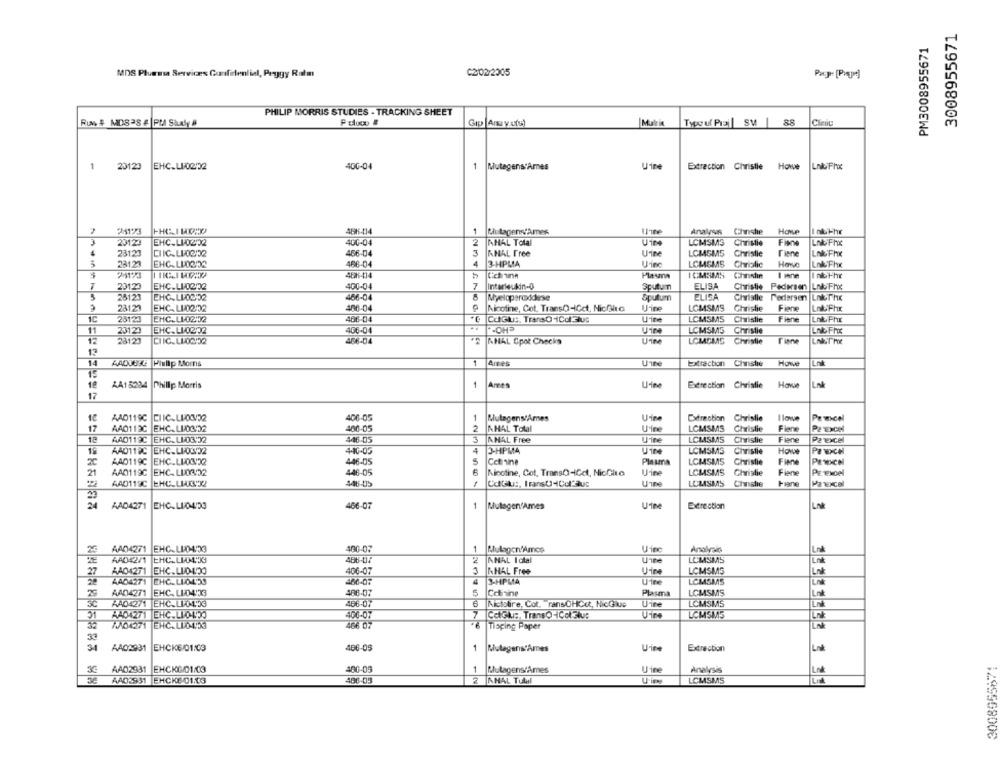
3008955671
PM3008955671
MDS Plumasa Serviræs Confidential, Peggy Ratm
C2/02/2005
PHILIP MORRIS STUDIES - TRACKING SHEET
Mulrix
1
20123
EHC.LI0202
400-04
1
Mutagens'Ames
Jine
Extraction Christie Howe
24123
1
RiutagensfAmes
Analysis Christie
Hove
2012.
EHC.LI-0292
400-04
2
AMAL Total
U104
LCMSM3
Christie
Finn
3
ANAL Free
Uine
LCMSMS
Tiene
Lnk Fhx
28123
466-04
Christie
5
23123
EHC-LI02:02
466-04
4
3-HPMA
Urine
LCMEMS
Chriolic
Herve
Lok Fhx
48K-414
Cich inn
Plasma
ICMSMS
Christin
20123
EHC.LI-02/32
400-04
7
Interleukin-0
Sputumn
ELISA
Christie Pedersen Ln& Froc
25121
EHC.LI02:52
466-04
Myeloperoddese
Sputum
ELISA
Christie Pedersen
LnkThx
23127
EHC- LI02:02
486-04
Nicotine, Cot. TransO-ICct, NicGlia
Uine
LCMSMS
Chrislie
Fiene
Lnb Fhx
1C
28123
EHC.LI-02:02
466-04
CutGlut. TransO 1Col3luc
U'ine
LCMSMS
Christie
Fiene
Lnb Fhr
11
23123
EHC. LI0202
406-04
Uine
LCMSM5
Christie
Lnb Fhix
12
28123
456-04
ANAL Spot Checka
Uine
LCMOMS
Christie
Tiane
13
14
AADJOY Pilip Moms
1
Ames
Extraction
Chnstie
Howve
Lnk
15
18
AA15234 Phillip Morris
1
Ames
Extrection Christie
Have
Lok
17
AAD119C CHIC.LIOG22
406-05
1
MulagensAmes
Uine
Extraction Christie
I love
Pewcol
2
Uire
PETEXCe
17
AAD113C
EHC. LI-03:02
400-05
A HAL Total
LCMSMS
Christie
Flere
18
AAD119C EHC.LI-03,32
446-05
3
AMAL Free
Uine
LCMSMS
Christie
Fiene
Pz'excel
19
EHC.LIOS22
440-05
4
3-HPMA
LCMSMS
Christie
Paocel
AAD119C
2℃
AAD119C
EHC.LI03/32
446-05
Cet tine
Plasma
LCMSMS
Christie
Finne
21
AAD119C
EHC. LU08:02
446-05
Nicotine, Cot, TransO-IGet, NicChic
Uine
LCMSMS
Christie
Fiene
PERENOel
AAD119C EHC.LLAXL
446-U5
LCMSMS
Chansle
Fine
Pawxcel
24
AAD4271 EHC.LIG4:53
486-07
1
Mutagen'Ames
Excrection
AA04271 EHC.LID433
400-07
1
Uine
Analysis
Lnd
AAD42/1 EHC.LIM4.53
486-07
2
ANAL Iotal
LEMSMS
27
AA04271
EHC.LIDIDO
KHAL Free
U-ine
LCMSMS
AAD4271
3-HPMA
U'ine
LCMSMS
29
AAD4271 EHC. LID4:33
486-07
5
Cotinine
Plasma
LCMSMS
Lat
456-07
AA042/1 EHC.LI04.53
Actslire, Cot. ransOHGot, NicGlue
Uine
LCMSM5
31
AAD4271 EHC.LIQUIDO
406-07
7
CoGlu :, TransO-ICol3kus
LCMSM5
32
ANO4271 EHCALIDAD
Tisping Paper
33
34
AA02931
EHCKE/01/03
486-05
1
Mutagens'Âmes
Uine
Extraction
AAD2931
EHCKG/01/03
480-05
1
MutagensrAmes
Uine
Analysis
AAD2931
EHCKE 01.CO
408-05
2 AMAL Tull
LCMSMS
$285568006